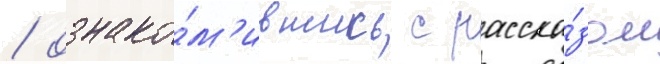
/ ознако́м'ившись с расска́зом